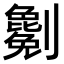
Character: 𠠤